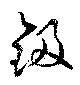
鈒